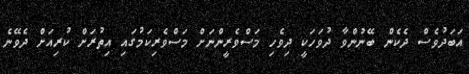
އަބަދުވެސް ދެކެން ބޭނުންވާ ދުވަހަކީ ދިވެހި މަސްވެރީންނަށް މަސްވެރިކަމުގައި އިތުރަށް ކުރިއަށް ދެވޭނެ